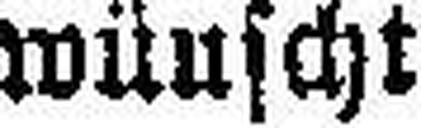
wünscht